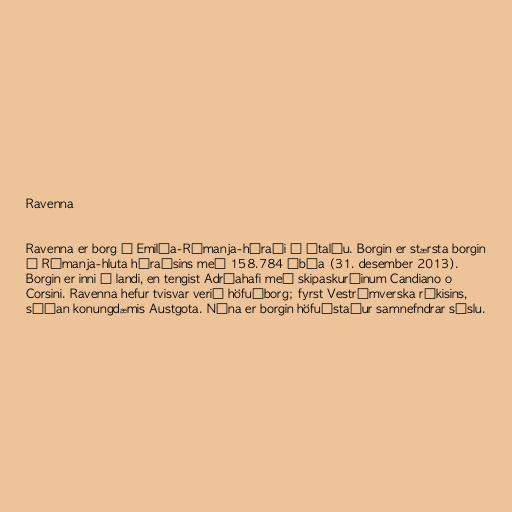
Ravenna

Ravenna er borg í Emilía-Rómanja-héraði á Ítalíu. Borgin er stærsta borgin
í Rómanja-hluta héraðsins með 158.784 íbúa (31. desember 2013).
Borgin er inni í landi, en tengist Adríahafi með skipaskurðinum Candiano o
Corsini. Ravenna hefur tvisvar verið höfuðborg; fyrst Vestrómverska ríkisins,
síðan konungdæmis Austgota. Núna er borgin höfuðstaður samnefndrar sýslu.